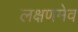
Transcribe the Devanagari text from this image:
लक्षणमेव